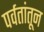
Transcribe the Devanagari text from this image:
पर्वतांतून